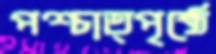
পশ্চাত্পৃষ্ঠে